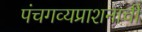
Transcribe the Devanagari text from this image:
पंचगव्यप्राशनाची